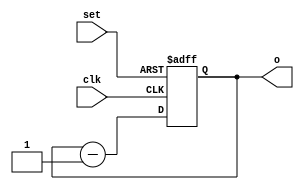
// This program was cloned from: https://github.com/mehedi37/Verilog_study
// License: MIT License

module _4bitDown(
  input wire clk, set, // wire = physical connection, reg = memory element
  output wire [3:0] o
);
  wire [3:0] i_temp;
  reg [3:0] o_temp;
  always @(posedge clk, posedge set)
  begin
    if (set)
      o_temp <= 4'b1111;
    else
      o_temp <= i_temp;
  end
  assign i_temp = o_temp - 1;
  assign o = o_temp;

endmodule